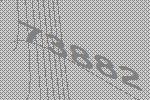
73882